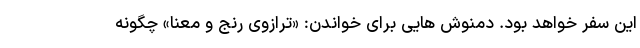
این سفر خواهد بود. دمنوش هایی برای خواندن: «ترازوی رنج و معنا» چگونه